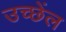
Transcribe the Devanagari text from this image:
उच्छेंल